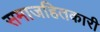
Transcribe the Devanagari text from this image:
समाजहितकारी